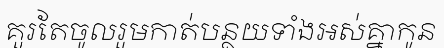
គួរតែចូលរួមកាត់បន្ថយទាំងអស់គ្នាកូន